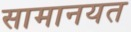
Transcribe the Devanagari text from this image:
सामानयत